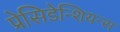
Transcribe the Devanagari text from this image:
प्रेसिडेन्शियन्स